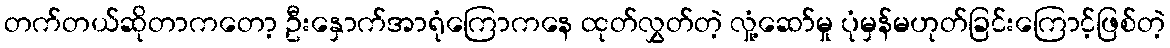
တက်တယ်ဆိုတာကတော့ ဦးနှောက်အာရုံကြောကနေ ထုတ်လွှတ်တဲ့ လှုံ့ဆော်မှု ပုံမှန်မဟုတ်ခြင်းကြောင့်ဖြစ်တဲ့